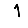
Digit: 1